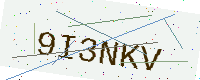
Text: 9I3NKV